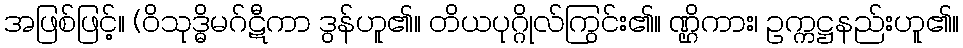
အဖြစ်ဖြင့်။ (ဝိသုဒ္ဓိမဂ်ဋီကာ ဒွန်ဟူ၏။ တိယပုဂ္ဂိုလ်ကြွင်း၏။ ဏ္ဌိကား၊ ဥက္ကဋ္ဌနည်းဟူ၏။